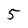
Character: 5